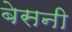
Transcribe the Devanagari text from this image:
बेसनी